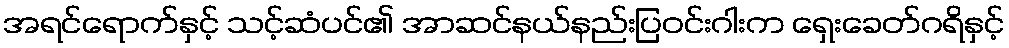
အရင်ရောက်နှင့် သင့်ဆံပင်၏ အာဆင်နယ်နည်းပြဝင်းဂါးက ရှေးခေတ်ဂရိနှင့်